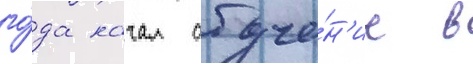
го́да начал обуче́н'ие в